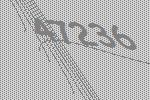
47236